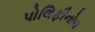
પોલિફીનોલ